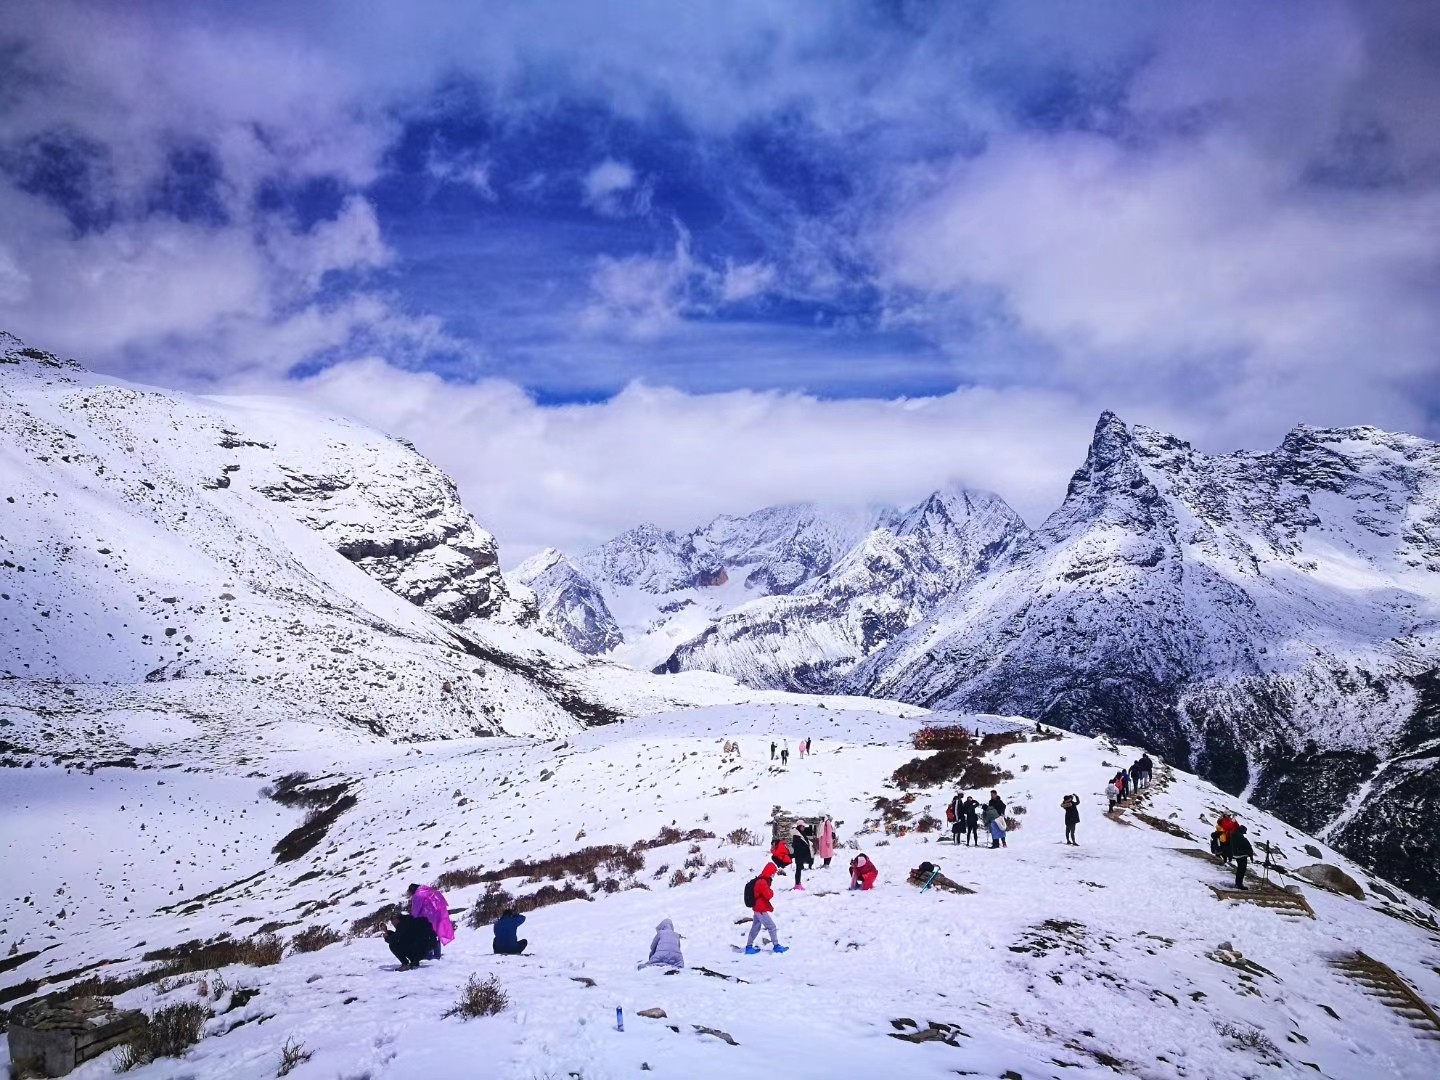
朝屯雪山下，暮宿青海旁。